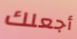
أجعلك